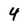
Character: 4